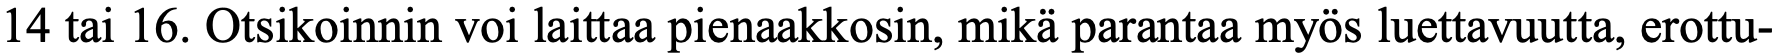
14 tai 16. Otsikoinnin voi laittaa pienaakkosin, mikä parantaa myös luettavuutta, erottu-